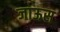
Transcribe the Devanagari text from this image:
जाऊस